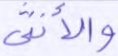
والأنثى